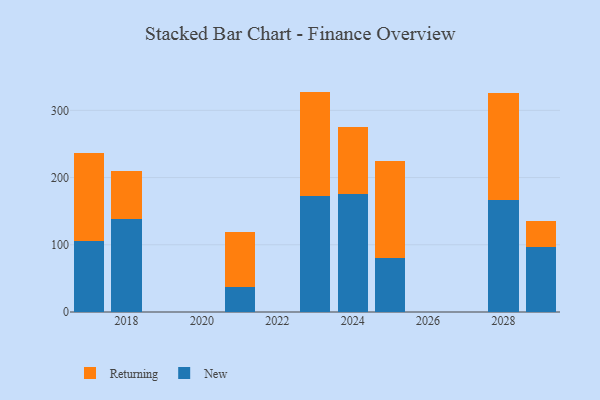
{"axis": {"x": "Year", "y": "Shipments"}, "legend": ["New", "Returning"], "data": [{"x": "2024", "y": 176.0, "type": "New"}, {"x": "2024", "y": 99.2, "type": "Returning"}, {"x": "2029", "y": 97.4, "type": "New"}, {"x": "2029", "y": 38.3, "type": "Returning"}, {"x": "2023", "y": 172.7, "type": "New"}, {"x": "2023", "y": 155.2, "type": "Returning"}, {"x": "2028", "y": 167.3, "type": "New"}, {"x": "2028", "y": 158.6, "type": "Returning"}, {"x": "2018", "y": 137.7, "type": "New"}, {"x": "2018", "y": 71.5, "type": "Returning"}, {"x": "2017", "y": 106.1, "type": "New"}, {"x": "2017", "y": 130.6, "type": "Returning"}, {"x": "2025", "y": 80.7, "type": "New"}, {"x": "2025", "y": 144.2, "type": "Returning"}, {"x": "2021", "y": 37.8, "type": "New"}, {"x": "2021", "y": 81.9, "type": "Returning"}]}